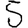
Digit: 5